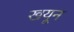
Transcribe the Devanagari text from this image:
खयून